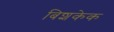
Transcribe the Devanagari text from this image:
बिशकेक